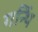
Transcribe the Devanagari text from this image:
गर्न्थि